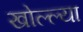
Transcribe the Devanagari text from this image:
खोल्ल्या